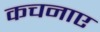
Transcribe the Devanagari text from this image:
कचनाए